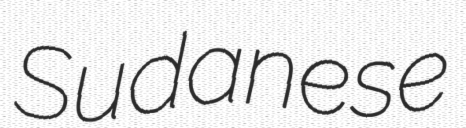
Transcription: Sudanese